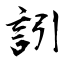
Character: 訠